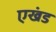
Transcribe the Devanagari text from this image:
एखंड